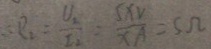
\therefore R _ { 2 } = \frac { U _ { 2 } } { I _ { 2 } } = \frac { 5 x V } { x A } = 5 \Omega